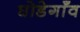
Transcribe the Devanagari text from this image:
घोडेगाँव